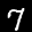
Label: 7